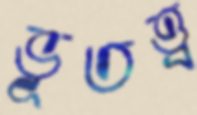
ভূতত্ত্ব